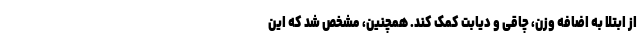
از ابتلا به اضافه وزن، چاقی و دیابت کمک کند. همچنین، مشخص شد که این